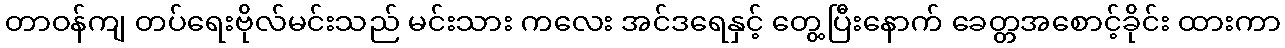
တာဝန်ကျ တပ်ရေးဗိုလ်မင်းသည် မင်းသား ကလေး အင်ဒရေနှင့် တွေ့ပြီးနောက် ခေတ္တအစောင့်ခိုင်း ထားကာ